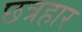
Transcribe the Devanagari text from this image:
छत्रहार